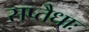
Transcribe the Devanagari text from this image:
सप्तैधाः